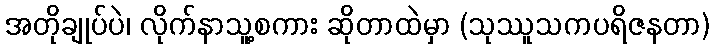
အတိုချုပ်ပဲ၊ လိုက်နာသူ့စကား ဆိုတာထဲမှာ (သုဿူသကပရိဇနတာ)